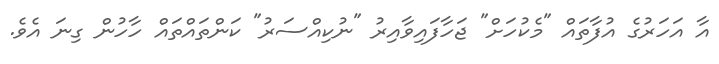
އާ އަހަރުގެ އުފާތައް "މެކުހަށް" ޖަހާފައިވާއިރު "ނުކިއްސަރު" ކަންތައްތައް ހާހުން ގިނަ އެވެ.